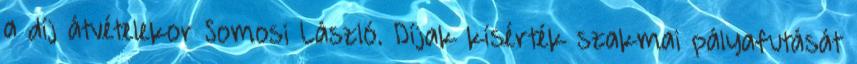
a díj átvételekor Somosi László. Díjak kísérték szakmai pályafutását